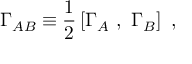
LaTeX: \Gamma _ { A B } \equiv { \frac { 1 } { 2 } } \left[ \Gamma _ { A } ~ , ~ \Gamma _ { B } \right] ~ ,